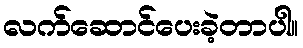
လက်ဆောင်ပေးခဲ့တာပါ။